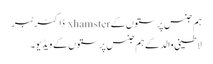
ہم جنس پرستوں کے xhamster ڈاکٹر ٹبر
لاطینی والد کے ہم جنس پرستوں کے ویڈیو۔